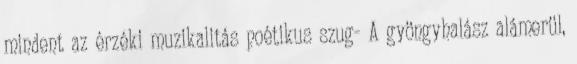
mindent az érzéki muzikalitás poétikus szug- A gyöngyhalász alámerül,